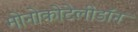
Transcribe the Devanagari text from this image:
मोनोकोटेलीडॉन